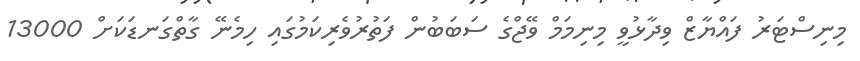
މިނިސްޓަރު ފައްޔާޒް ވިދާޅުވީ މިނިމަމް ވޭޖްގެ ސަބަބުން ފަތުރުވެރިކަމުގައި ހިމެނޭ ގާތްގަނޑަކަށް 13000